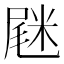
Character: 𡲸